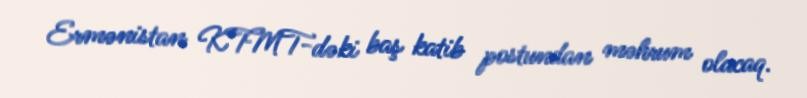
Ermənistan KTMT-dəki baş katib postundan məhrum olacaq.